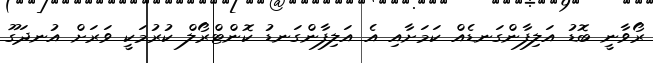
ރޯވާނީ ބޮޑު އަލިފާންގަނޑެއް ކަމަށާއި އެ އަލިފާންގަނޑު ކޮންޓްރޯލް ކުރުމަކީ ވަރަށް އުނދަގޫ